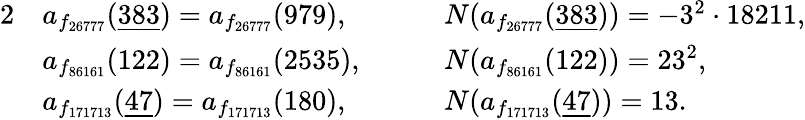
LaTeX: \begin{array}{rlrl}{{2}}&{a_{f_{26777}}(\underline{{383}})=a_{f_{26777}}(979),\quad}&&{N(a_{f_{26777}}(\underline{{383}}))=-3^{2}\cdot 18211,}\\ &{a_{f_{86161}}(122)=a_{f_{86161}}(2535),\quad}&&{N(a_{f_{86161}}(122))=23^{2},}\\ &{a_{f_{171713}}(\underline{{47}})=a_{f_{171713}}(180),\quad}&&{N(a_{f_{171713}}(\underline{{47}}))=13.}\end{array}